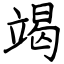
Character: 竭